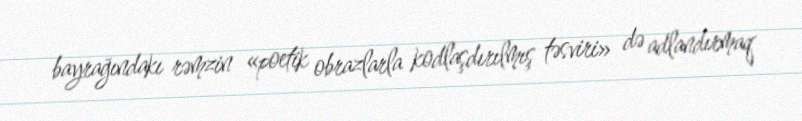
bayrağındakı rəmzin «poetik obrazlarla kodlaşdırılmış təsviri» də adlandırmaq